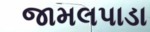
જામલપાડા